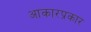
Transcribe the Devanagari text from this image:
आकारप्रकार